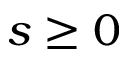
s \geq 0